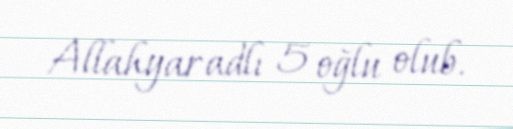
Allahyar adlı 5 oğlu olub.